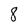
Character: 8